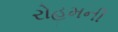
રોહમની